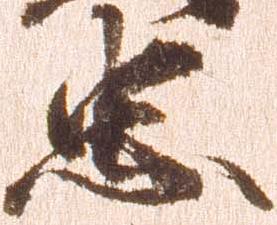
忠